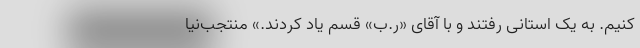
کنیم. به یک استانی رفتند و با آقای «ر.ب» قسم یاد کردند.» منتجب‌نیا